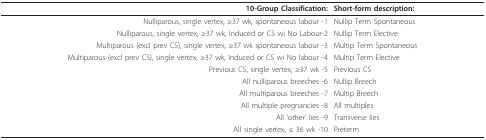
<table><thead><tr><td><b>10-Group Classification:</b></td><td><b>Short-form description:</b></td></tr></thead><tbody><tr><td>Nulliparous, single vertex, ≥37 wk, spontaneous labour -1</td><td>Nullip Term Spontaneous</td></tr><tr><td>Nulliparous, single vertex, ≥37 wk, Induced or CS wi No Labour-2</td><td>Nullip Term Elective</td></tr><tr><td>Multiparous (excl prev CS), single vertex, ≥37 wk spontaneous labour -3</td><td>Multip Term Spontaneous</td></tr><tr><td>Multiparous (excl prev CS), single vertex, ≥37 wk, Induced or CS wi No labour -4</td><td>Multip Term Elective</td></tr><tr><td>Previous CS, single vertex, ≥37 wk -5</td><td>Previous CS</td></tr><tr><td>All nulliparous breeches -6</td><td>Nullip Breech</td></tr><tr><td>All multiparous breeches -7</td><td>Multip Breech</td></tr><tr><td>All multiple pregnancies -8</td><td>All multiples</td></tr><tr><td>All &#x27;other&#x27; lies -9</td><td>Transverse lies</td></tr><tr><td>All single vertex, ≤ 36 wk -10</td><td>Preterm</td></tr></tbody></table>